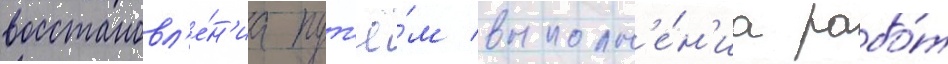
восстановл'е́н'иа пут'ё́м выполн'е́н'иа рабо́т